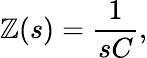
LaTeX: \mathbb{Z}(s)={\frac{{1}}{{sC}}},